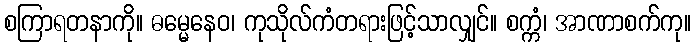
စကြာရတနာကို။ ဓမ္မေနေဝ၊ ကုသိုလ်ကံတရားဖြင့်သာလျှင်။ စက္ကံ၊ အာဏာစက်ကု။